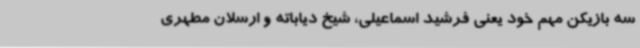
سه بازیکن مهم خود یعنی فرشید اسماعیلی، شیخ دیاباته و ارسلان مطهری